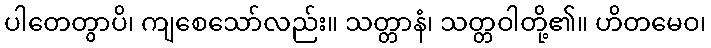
ပါတေတွာပိ၊ ကျစေသော်လည်း။ သတ္တာနံ၊ သတ္တဝါတို့၏။ ဟိတမေဝ၊